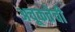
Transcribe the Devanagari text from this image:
अचूकतेची